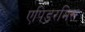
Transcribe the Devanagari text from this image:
एपिडरमिस